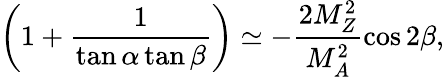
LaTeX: \left(1+\frac{1}{\tan\alpha\tan\beta}\right)\simeq-\frac{2M_{Z}^{2}}{M_{A}^{2}}\cos 2\beta,